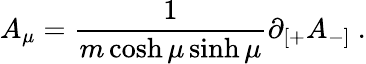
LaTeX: A_{\mu}=\frac{1}{m\cosh\mu\sinh\mu}\partial_{[+}A_{-]}\ .